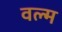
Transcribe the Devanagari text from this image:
वल्म